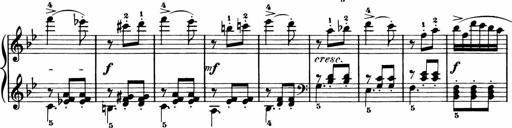
Title: 11 Sonatinas for Piano Solo
Composer: Anton Diabelli